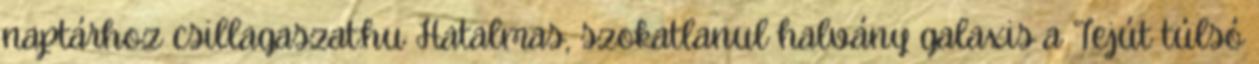
naptárhoz csillagaszat.hu Hatalmas, szokatlanul halvány galaxis a Tejút túlsó